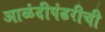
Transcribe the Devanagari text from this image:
आळंदीपंढरीची